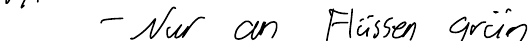
- Nur an Flüssen grün